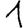
Digit: 1